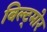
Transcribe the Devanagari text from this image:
बिल्ट्मोर